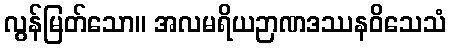
လွန်မြတ်သော။ အလမရိယဉာဏဒဿနဝိသေသံ